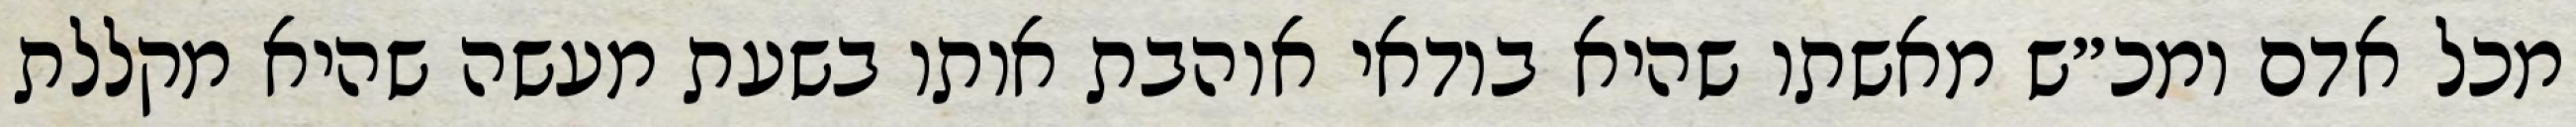
מכל אדם ומכ״ש מאשתו שהיא בודאי אוהבת אותו בשעת מעשה שהיא מקללת